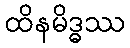
ထိနမိဒ္ဓဿ